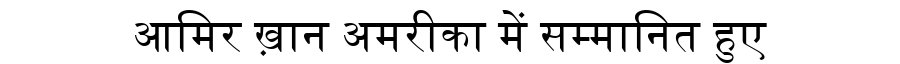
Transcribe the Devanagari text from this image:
आमिर ख़ान अमरीका में सम्मानित हुए